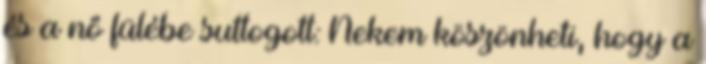
és a nő fülébe suttogott: Nekem köszönheti, hogy a